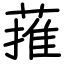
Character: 蓷